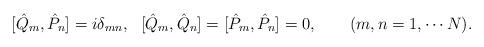
LaTeX: \begin{align*} [\hat{Q}_m, \hat{P}_n]=i\delta _{mn}, \ \ [\hat{Q}_m, \hat{Q}_n]=[\hat{P}_m, \hat{P}_n]=0, \qquad (m,n=1,\cdots N).\end{align*}